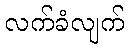
လက်ခံလျက်